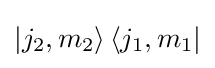
\left|j_{2},m_{2}\right\rangle \left\langle j_{1},m_{1}\right|